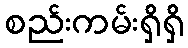
စည်းကမ်းရှိရှိ